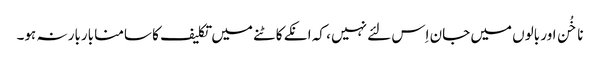
ناخُن اور بالوں میں جان اِس لئے نہیں ، کہ انکے کاٹنے میں تکلیف کا سامنا باربار نہ ہو۔